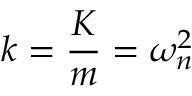
k = \frac { K } { m } = \omega _ { n } ^ { 2 }